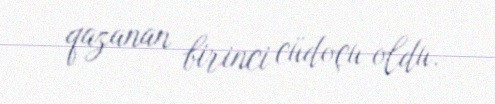
qazanan birinci cüdoçu oldu.